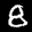
Label: 8